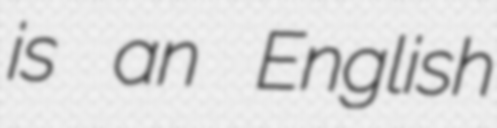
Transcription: is an English